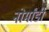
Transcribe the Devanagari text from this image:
नोर्मांडी